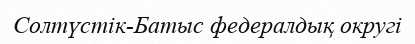
Солтүстік-Батыс федералдық округі